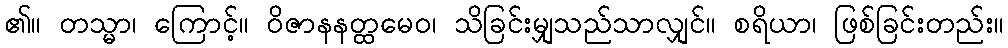
၏။ တသ္မာ၊ ကြောင့်။ ဝိဇာနနတ္ထမေဝ၊ သိခြင်းမျှသည်သာလျှင်။ စရိယာ၊ ဖြစ်ခြင်းတည်း။